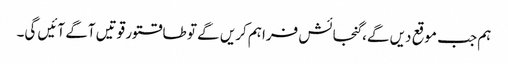
ہم جب موقع دیں گے، گنجائش فراہم کریں گے تو طاقتور قوتیں آگے آئیں گی۔